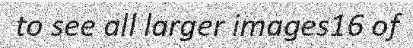
to see all larger images16 of